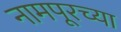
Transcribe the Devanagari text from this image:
नामपूरच्या